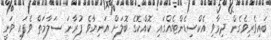
ބައިވެރިވެގެން ދިމާވި އެކްސިޑެންޓެއްގައި ކޮއްކޮގެ ބޮލަށް އަނިޔާވެ ފުރާނަ ސަލާމަތް ވެފައި ވަނީ